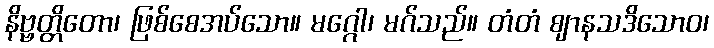
နိဗ္ဗတ္တိတော၊ ဖြစ်စေအပ်သော။ မဂ္ဂေါ၊ မဂ်သည်။ တံတံ ဈာနသဒိသောဝ၊